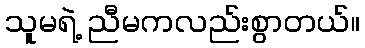
သူမရဲ့ ညီမကလည်းစွာတယ်။